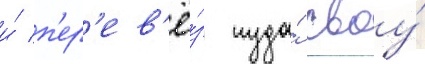
и́ п'ер'ев'ё́з туда́ своу́